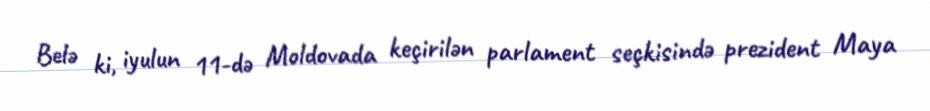
Belə ki, iyulun 11-də Moldovada keçirilən parlament seçkisində prezident Maya